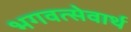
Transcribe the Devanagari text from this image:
भगवत्सेवार्थ